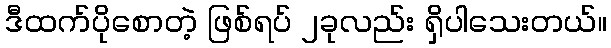
ဒီထက်ပိုစောတဲ့ ဖြစ်ရပ် ၂ခုလည်း ရှိပါသေးတယ်။